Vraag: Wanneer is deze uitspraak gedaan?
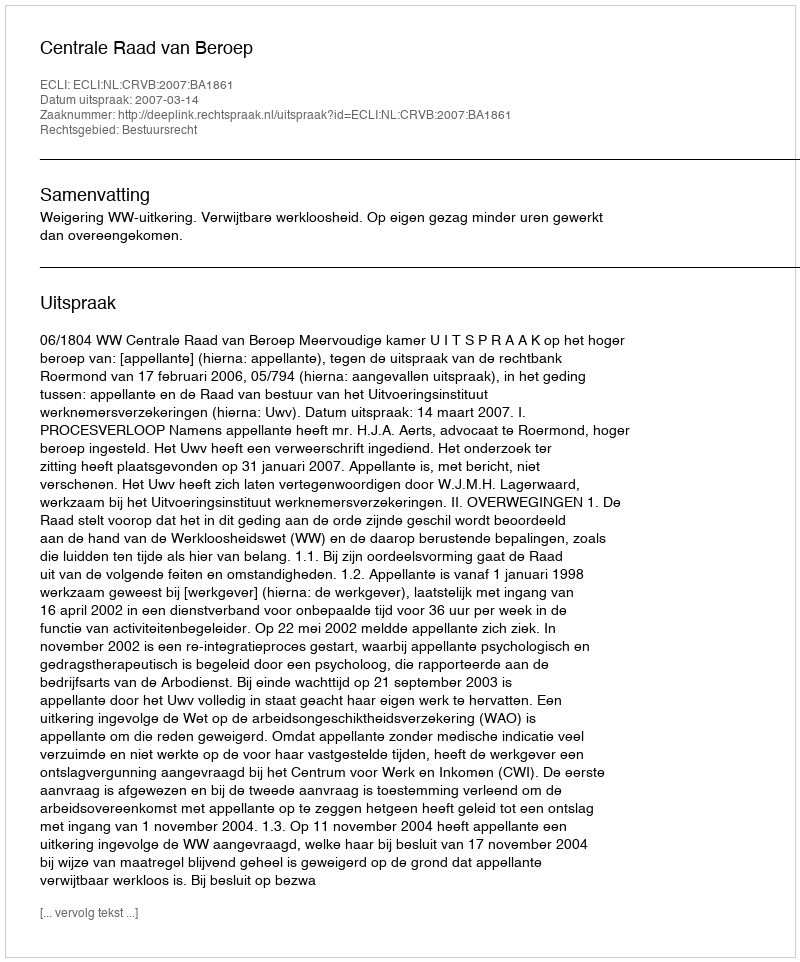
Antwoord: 2007-03-14